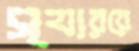
স্যাররে